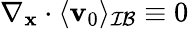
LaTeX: \nabla_{\mathbf x}\cdot\langle\mathbf v_{0}\rangle_{\mathcal{IB}}\equiv 0